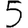
Digit: 5